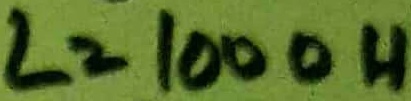
Text: L=1000H